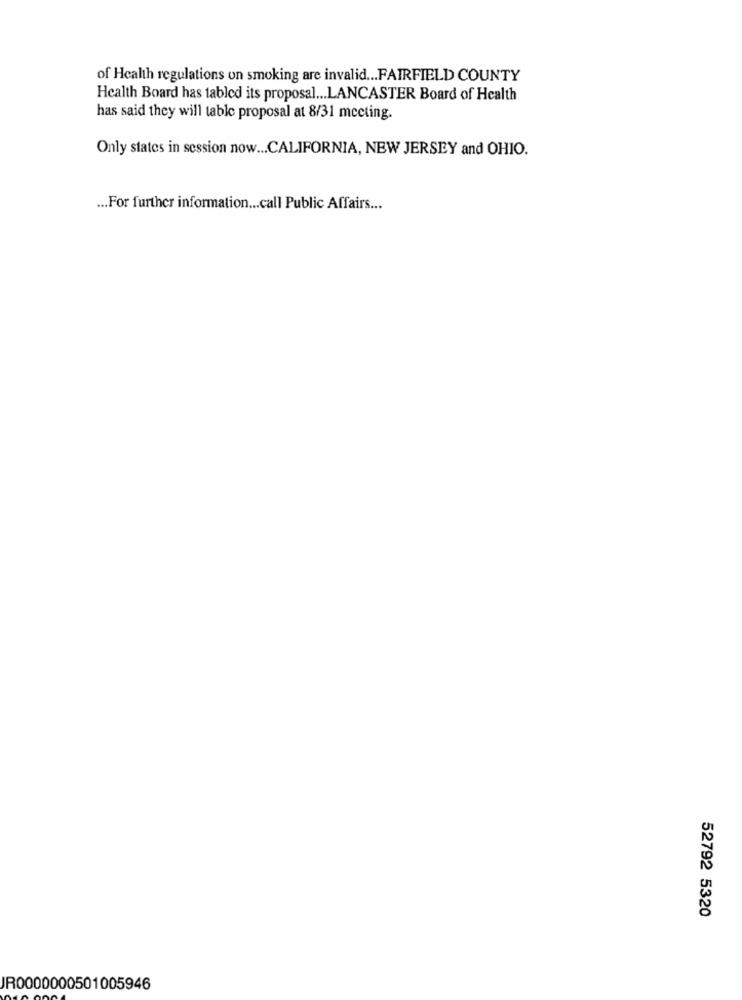
of Health regulations on smoking are invalid ... FAIRFIELD COUNTY
Health Board has tabled its proposal ... LANCASTER Board of Health
has said they will table proposal at 8/31 meeting.
Only states in session now ... CALIFORNIA, NEW JERSEY and OHIO.
... For further information ... call Public Affairs ...
52792 5320
JR0000000501005946